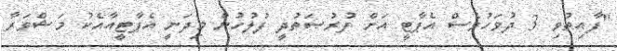
"ފާއިތުވި 3 ދުވަހުވެސް އެޕާޓީ އަށް ފުރުޞަތުދީ ފުލުހުން މިދަނީ އެޕާޓީއާއެކު މަޝްވަރާ